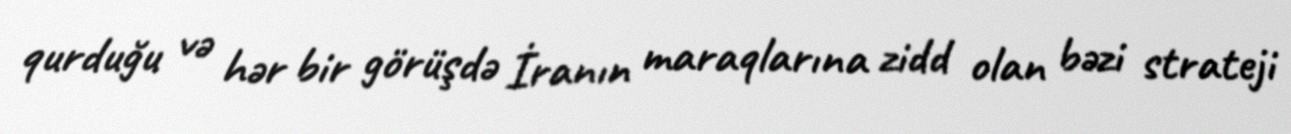
qurduğu və hər bir görüşdə İranın maraqlarına zidd olan bəzi strateji